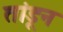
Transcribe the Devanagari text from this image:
तांडून